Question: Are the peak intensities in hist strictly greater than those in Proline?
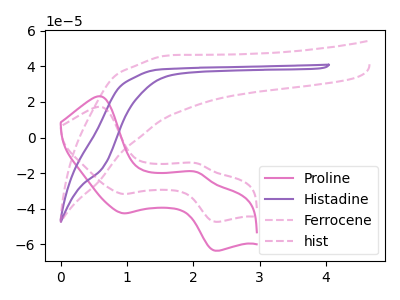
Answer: <think>The pink curve "Proline" has anodic peaks at (0.60V, 23.20uA) (2.05V, -19.45uA) and cathodic peaks at (0.95V, -42.55uA) (2.35V, -63.55uA). The purple curve "Histadine" has no peaks. The pink dashed curve "Ferrocene" has no peaks. The pink dashed curve "hist" has anodic peaks at (0.60V, 17.25uA) (2.05V, -14.50uA) and cathodic peaks at (0.95V, -31.65uA) (2.35V, -47.30uA).</think>
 <answer>The peaks in "hist" are neither all higher or all lower than the peaks in "Proline".</answer>
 <eval>mixed</eval>